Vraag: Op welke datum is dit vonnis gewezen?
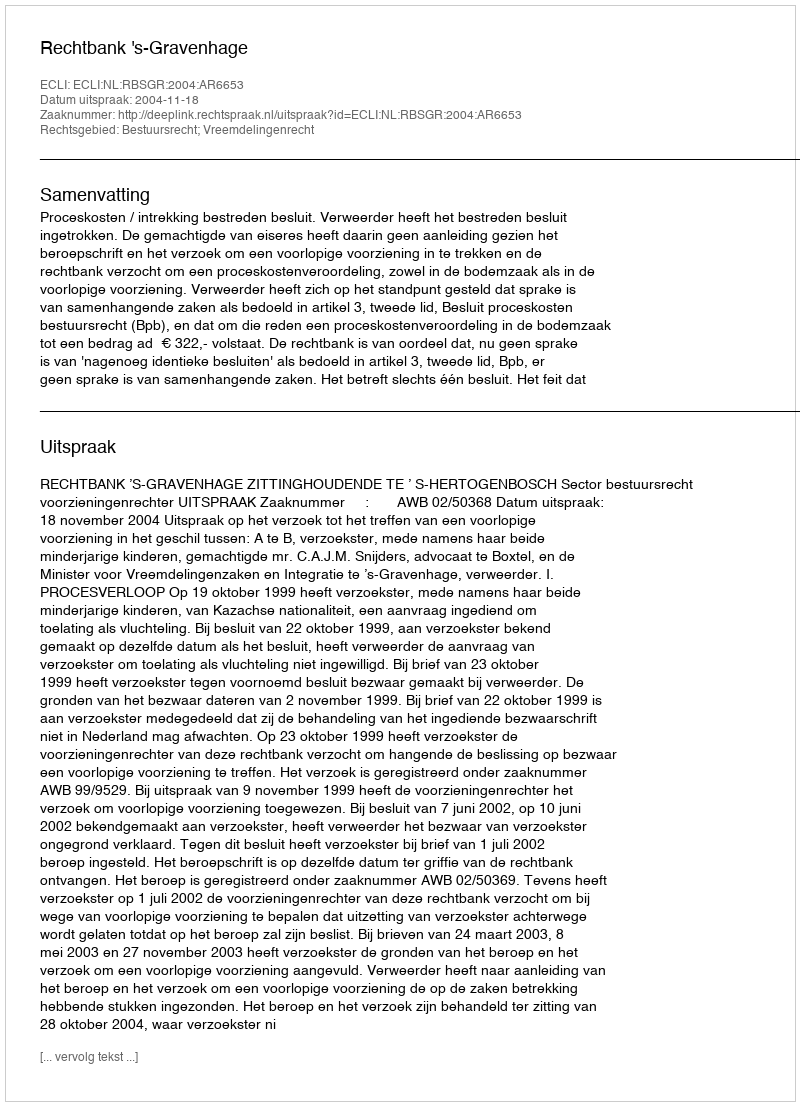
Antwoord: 2004-11-18